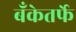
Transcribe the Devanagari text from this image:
बँकेतर्फे